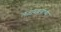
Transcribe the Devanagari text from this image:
लतापल्लवींच्या